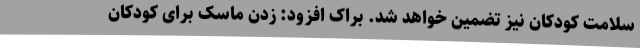
سلامت کودکان نیز تضمین خواهد شد. براک افزود: زدن ماسک برای کودکان